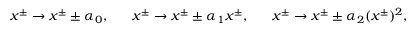
x ^ { \pm } \rightarrow x ^ { \pm } \pm \alpha _ { 0 } , ~ ~ ~ ~ ~ x ^ { \pm } \rightarrow x ^ { \pm } \pm \alpha _ { 1 } x ^ { \pm } , ~ ~ ~ ~ ~ x ^ { \pm } \rightarrow x ^ { \pm } \pm \alpha _ { 2 } ( x ^ { \pm } ) ^ { 2 } ,